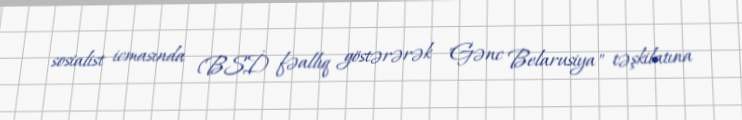
sosialist icmasında (BSİ) fəallıq göstərərək "Gənc Belarusiya" təşkilatına